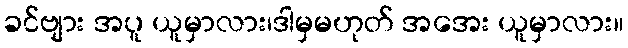
ခင်ဗျား အပူ ယူမှာလား၊ဒါမှမဟုတ် အအေး ယူမှာလား။